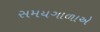
સમયગાળાએ